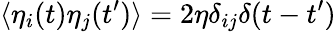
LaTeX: {\langle\eta_{i}(t)\eta_{j}(t^{\prime})\rangle=2\eta\delta_{ij}\delta(t-t^{\prime})}